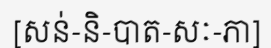
[សន់-និ-បាត-សៈ-ភា]